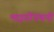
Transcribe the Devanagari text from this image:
भाइयोंएंथनी